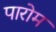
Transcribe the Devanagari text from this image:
पारोम